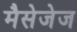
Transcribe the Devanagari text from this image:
मैसेजेज